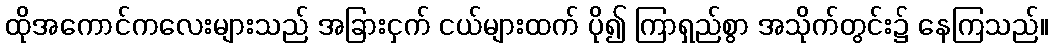
ထိုအကောင်ကလေးများသည် အခြားငှက် ငယ်များထက် ပို၍ ကြာရှည်စွာ အသိုက်တွင်း၌ နေကြသည်။